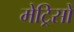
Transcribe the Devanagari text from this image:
मेट्रिसों